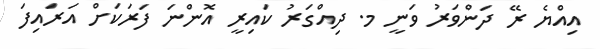
އިއްޔެ ރޭ ދަންވަރު ވަނީ މ. ދިއްގަރު ކައިރީ އޮންނަ ފަރަކަށް އަރައިފަ